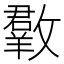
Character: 𣀆